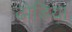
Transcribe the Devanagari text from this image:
ढोडिया